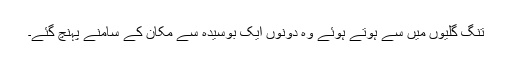
تنگ گلیوں میں سے ہوتے ہوئے وہ دونوں ایک بوسیدہ سے مکان کے سامنے پہنچ گئے۔